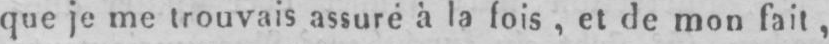
que je me trouvais assuré à la fois, et de mon fait,